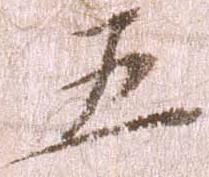
五